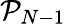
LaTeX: \mathcal{P}_{N-1}